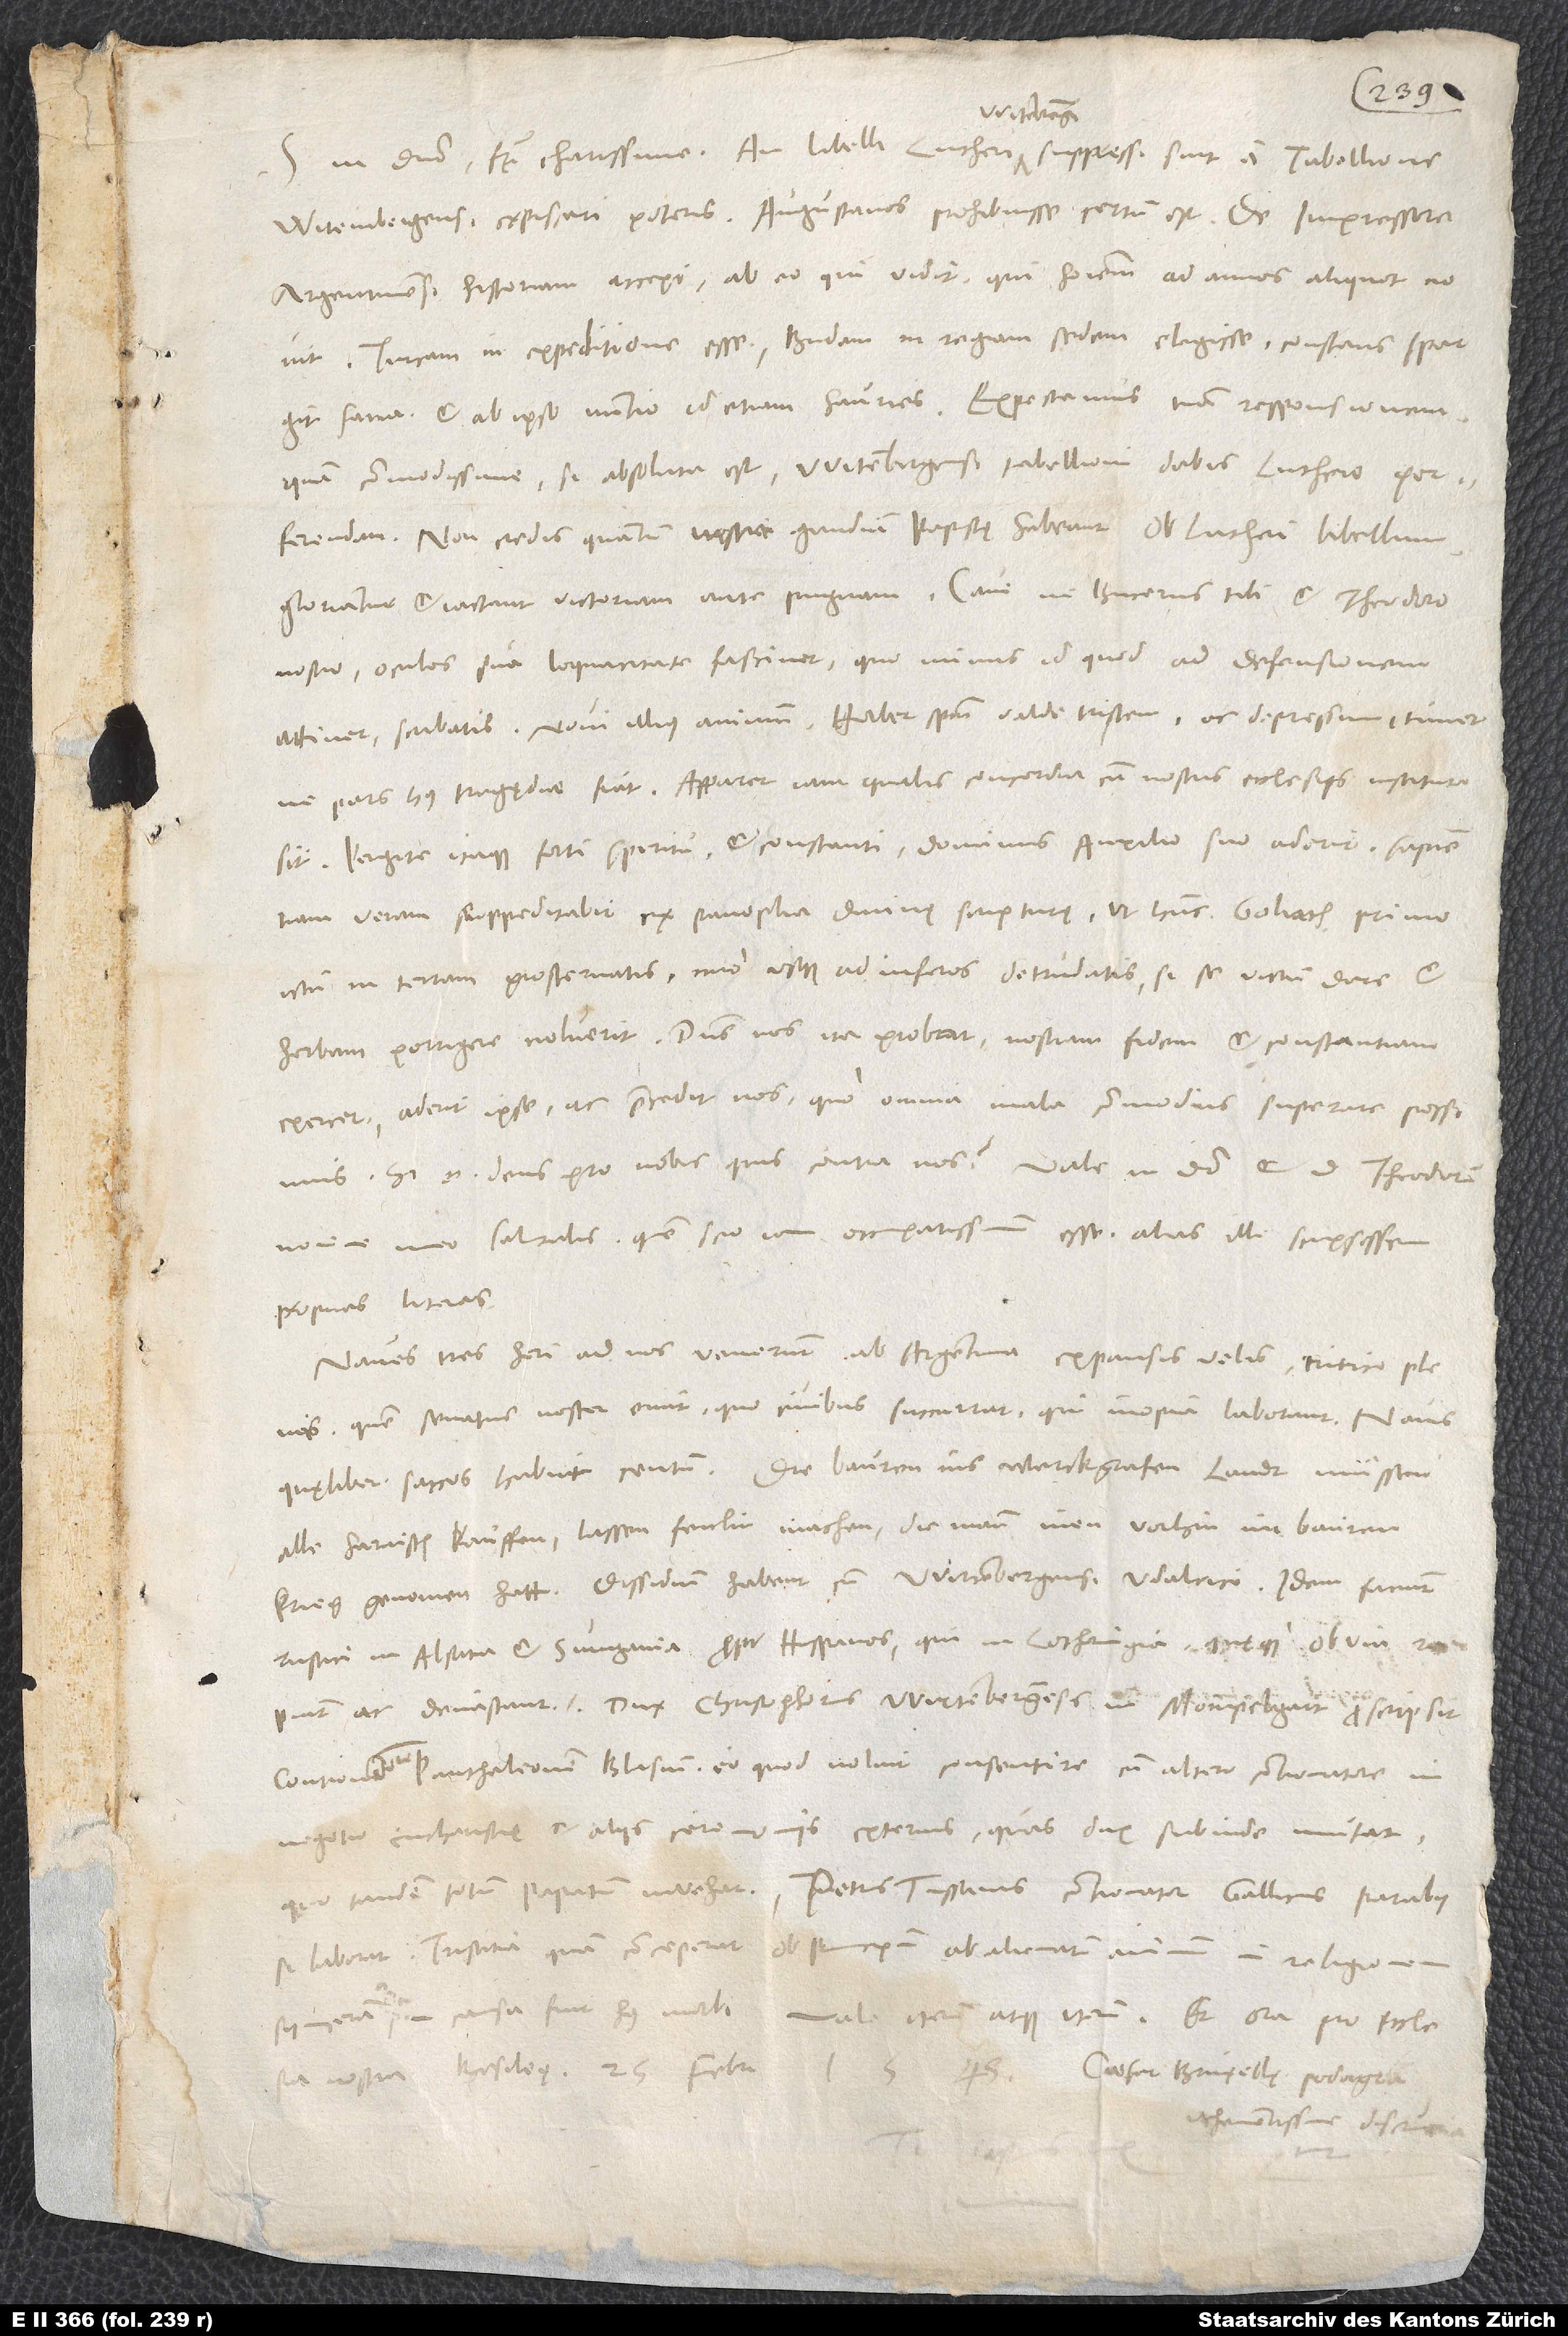
S.

Witembergensi expiscari poteris. Augustanos prohibuisse certum est. De impressore
Argentinensi historiam accepi ab eo, qui vidit, qui hominem ad annos aliquot novit.
Turcam in expeditione esse, Budam in regiam sedem elegisse constans spargit
quam commodissime. Si absoluta est, Witembergensi tabellioni dabis Luthero
perferendam. Non credis, quantum gaudium papistę habeant ob Lutheri libellum;
gloriantur et iactant victoriam ante pugnam. Cave, ne Bucerus tibi et Theodoro
nostro oculos sua loquacitate fascinet, quominus id, quod ad defensionem
ne pars huius tragędiae fiat. Apparet iam, qualis concordia cum nostris ecclesiis instituta
sit. Pergite itaque forti spiritu et constanti. Dominus auxilio suo aderit, sapientiam
veram suppeditabit ex panoplia divinę scripturę, ut hunc Goliath primo
ictu in terram prosternatis, imo usque ad inferos detrudatis, si se victum dare et
herbam porrigere noluerit. Dominus nos ita probat, nostram fidem et constantiam
exercet. Aderit ipse ac praecedit nos, quo omnia mala commodius superare possimus.
nomine meo salutabis, quem scio iam occupatissimum esse; alias illi scripsissem
proprias literas.
Naves tres heri ad nos venerunt ab Argentina expansis velis tritico plenae,
quem senatus noster emit, quo civibus succurrat, qui inopia laborant.
alle harnisch kouffen; lassen fenlin machen, die mann inen vorhin im baurenkrieg
genomen hatt. Dissidium habent cum Wirtembergensi Udalrico. Idem faciunt
rustici in Alsatia et Sungavia propter Hispanos, qui in Lotharingia quęque obvia rapiunt
Dux Christophorus Wirtembergensis in Mompelgart proscripsit
contionatorem Panthaleonem Blasium, eo quod noluit consentire cum altero contionatore in
negotio eucharistię et aliis ceremoniis externis, quas dux subinde mutat,
quo tandem totum papatum invehat. Petrus Tussanus, contionator Gallicus, paralysi
laborat. Tristitia, quam conceperat ob principum abalienatum animum in religionem
vehementissime discruciatur.